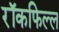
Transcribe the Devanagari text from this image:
रॉकफिल्ल